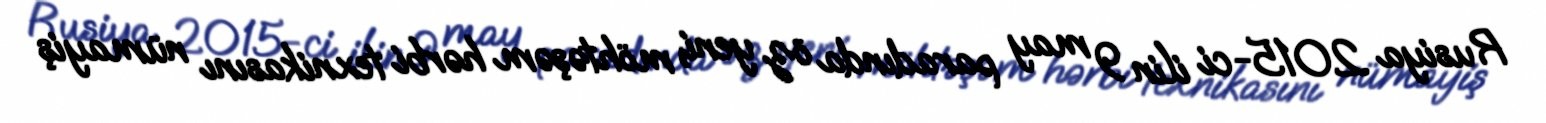
Rusiya 2015-ci ilin 9 may paradında öz yeni, möhtəşəm hərbi texnikasını nümayiş